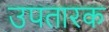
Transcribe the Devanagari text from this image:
उपतारक